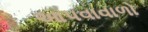
આપવાવાળો